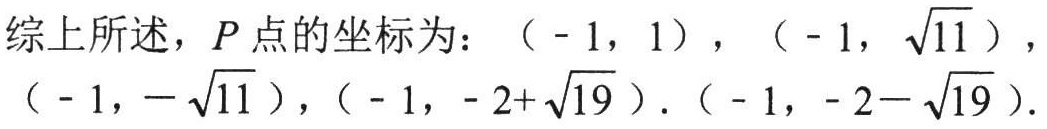
综上所述，\(P\)点的坐标为：\(( - 1,1)\)，\(( - 1,\sqrt{11})\)，\(( - 1,-\sqrt{11})\)，\(( - 1,- 2+\sqrt{19})\)，\(( - 1,- 2-\sqrt{19})\)。